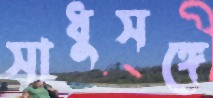
সাধুসঙ্গে